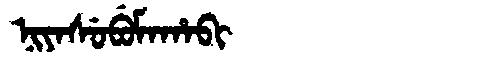
Manchu: ᠨᡳᠶᠠᠰᡠᠪᡠᠮᠠᡥᠠᠪᡳ
Romanization: NIYASUBUMAHABI